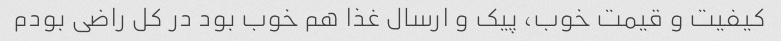
کیفیت و قیمت خوب، پیک و ارسال غذا هم خوب بود در کل راضی بودم